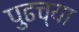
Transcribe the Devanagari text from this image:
पुढच्‍या